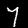
Label: 7